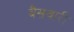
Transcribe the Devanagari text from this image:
बैसवारी